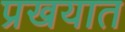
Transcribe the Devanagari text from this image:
प्रखयात